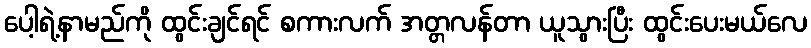
ပေါ့ရဲ့နာမည်ကို ထွင်းချင်ရင် စကားလက် အတ္တလန်တာ ယူသွားပြီး ထွင်းပေးမယ်လေ